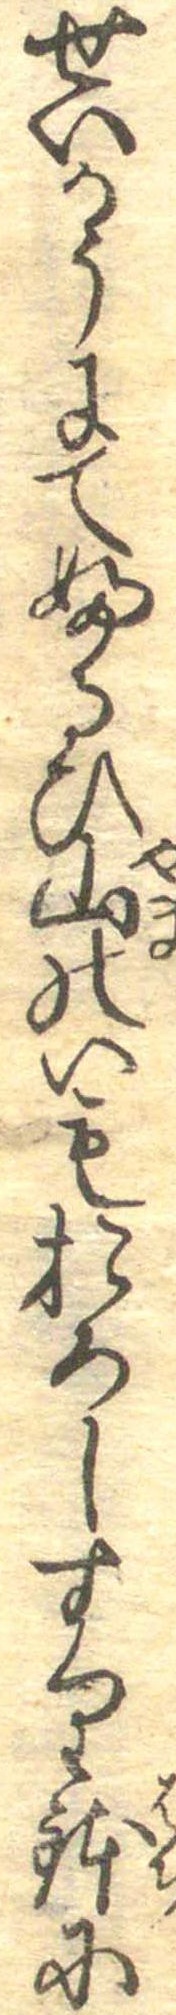
せいかうにてふるひ山のいもおろしすり鉢に